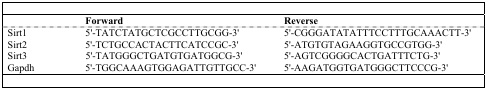
<table><thead><tr><td></td><td><b>Forward</b></td><td><b>Reverse</b></td></tr></thead><tbody><tr><td>Sirt1</td><td>5′-TATCTATGCTCGCCTTGCGG-3′</td><td>5′-CGGGATATATTTCCTTTGCAAACTT-3′</td></tr><tr><td>Sirt2</td><td>5′-TCTGCCACTACTTCATCCGC-3′</td><td>5′-ATGTGTAGAAGGTGCCGTGG-3′</td></tr><tr><td>Sirt3</td><td>5′-TATGGGCTGATGTGATGGCG-3′</td><td>5′-AGTCGGGGCACTGATTTCTG-3′</td></tr><tr><td>Gapdh</td><td>5′-TGGCAAAGTGGAGATTGTTGCC-3′</td><td>5′-AAGATGGTGATGGGCTTCCCG-3′</td></tr></tbody></table>